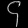
Digit: ၄